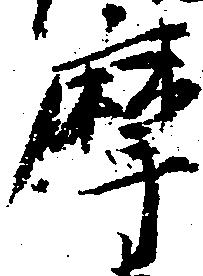
摩